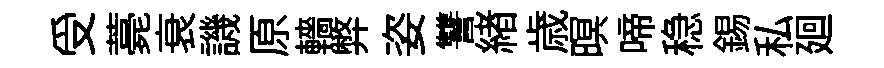
受薧衰譏原轖弊姿讐緖歳暝啼稳錫私廻